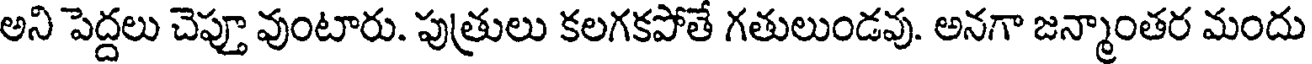
అని పెద్దలు చెప్తూ వుంటారు. పుత్రులు కలగకపోతే గతులుండవు. అనగా జన్మాంతర మందు